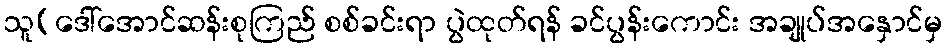
သူ(ဒေါ်အောင်ဆန်းစုကြည် စစ်ခင်းရာ ပွဲထုတ်ရန် ခင်ပွန်းကောင်း အချုပ်အနှောင်မှ